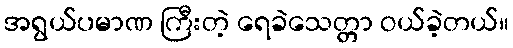
အရွယ်ပမာဏ ကြီးတဲ့ ရေခဲသေတ္တာ ဝယ်ခဲ့တယ်။